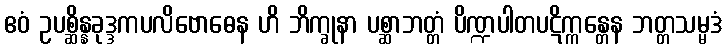
ဧဝံ ဥပစ္ဆိန္နခုဒ္ဒကပလိဗောဓေန ဟိ ဘိက္ခုနာ ပစ္ဆာဘတ္တံ ပိဏ္ဍပါတပဋိက္ကန္တေန ဘတ္တသမ္မဒံ